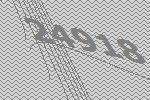
24918